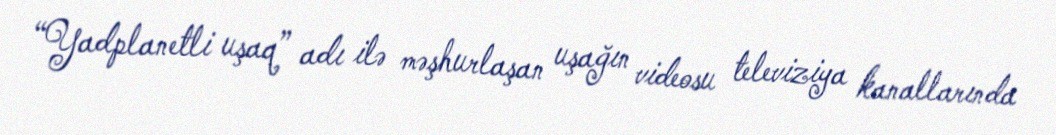
“Yadplanetli uşaq” adı ilə məşhurlaşan uşağın videosu televiziya kanallarında